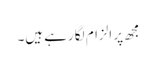
مجھ پر الزام لگا رہے ہیں۔